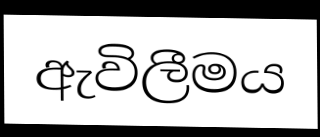
ඇවිලීමය